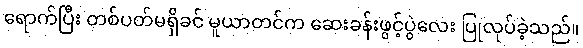
ရောက်ပြီး တစ်ပတ်မရှိခင် မူယာတင်က ဆေးခန်းဖွင့်ပွဲလေး ပြုလုပ်ခဲ့သည်။